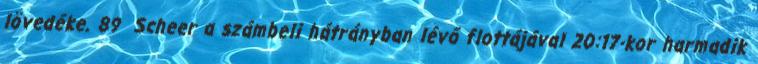
lövedéke. 89 Scheer a számbeli hátrányban lévő flottájával 20:17-kor harmadik